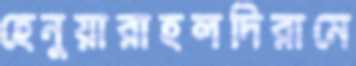
হেনুয়ারাহলদিরামে